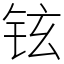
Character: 铉